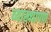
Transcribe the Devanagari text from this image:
व्याख्यापण